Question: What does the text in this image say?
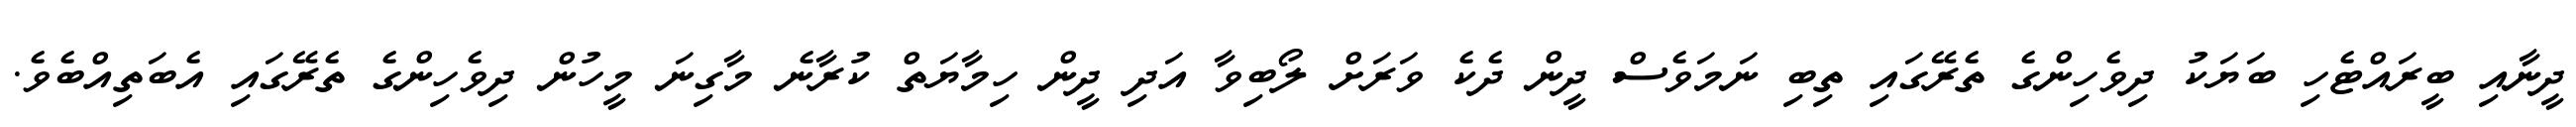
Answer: ދީނާއި ބީރައްޓެހި ބަޔަކު ދިވެހިންގެ ތެރޭގައި ތިބި ނަމަވެސް ދީން ދެކެ ވަރަށް ލޯބިވާ އަދި ދީން ހިމާޔަތް ކުރާނެ މާގިނަ މީހުން ދިވެހިންގެ ތެރޭގައި އެބަތިއްބެވެ.